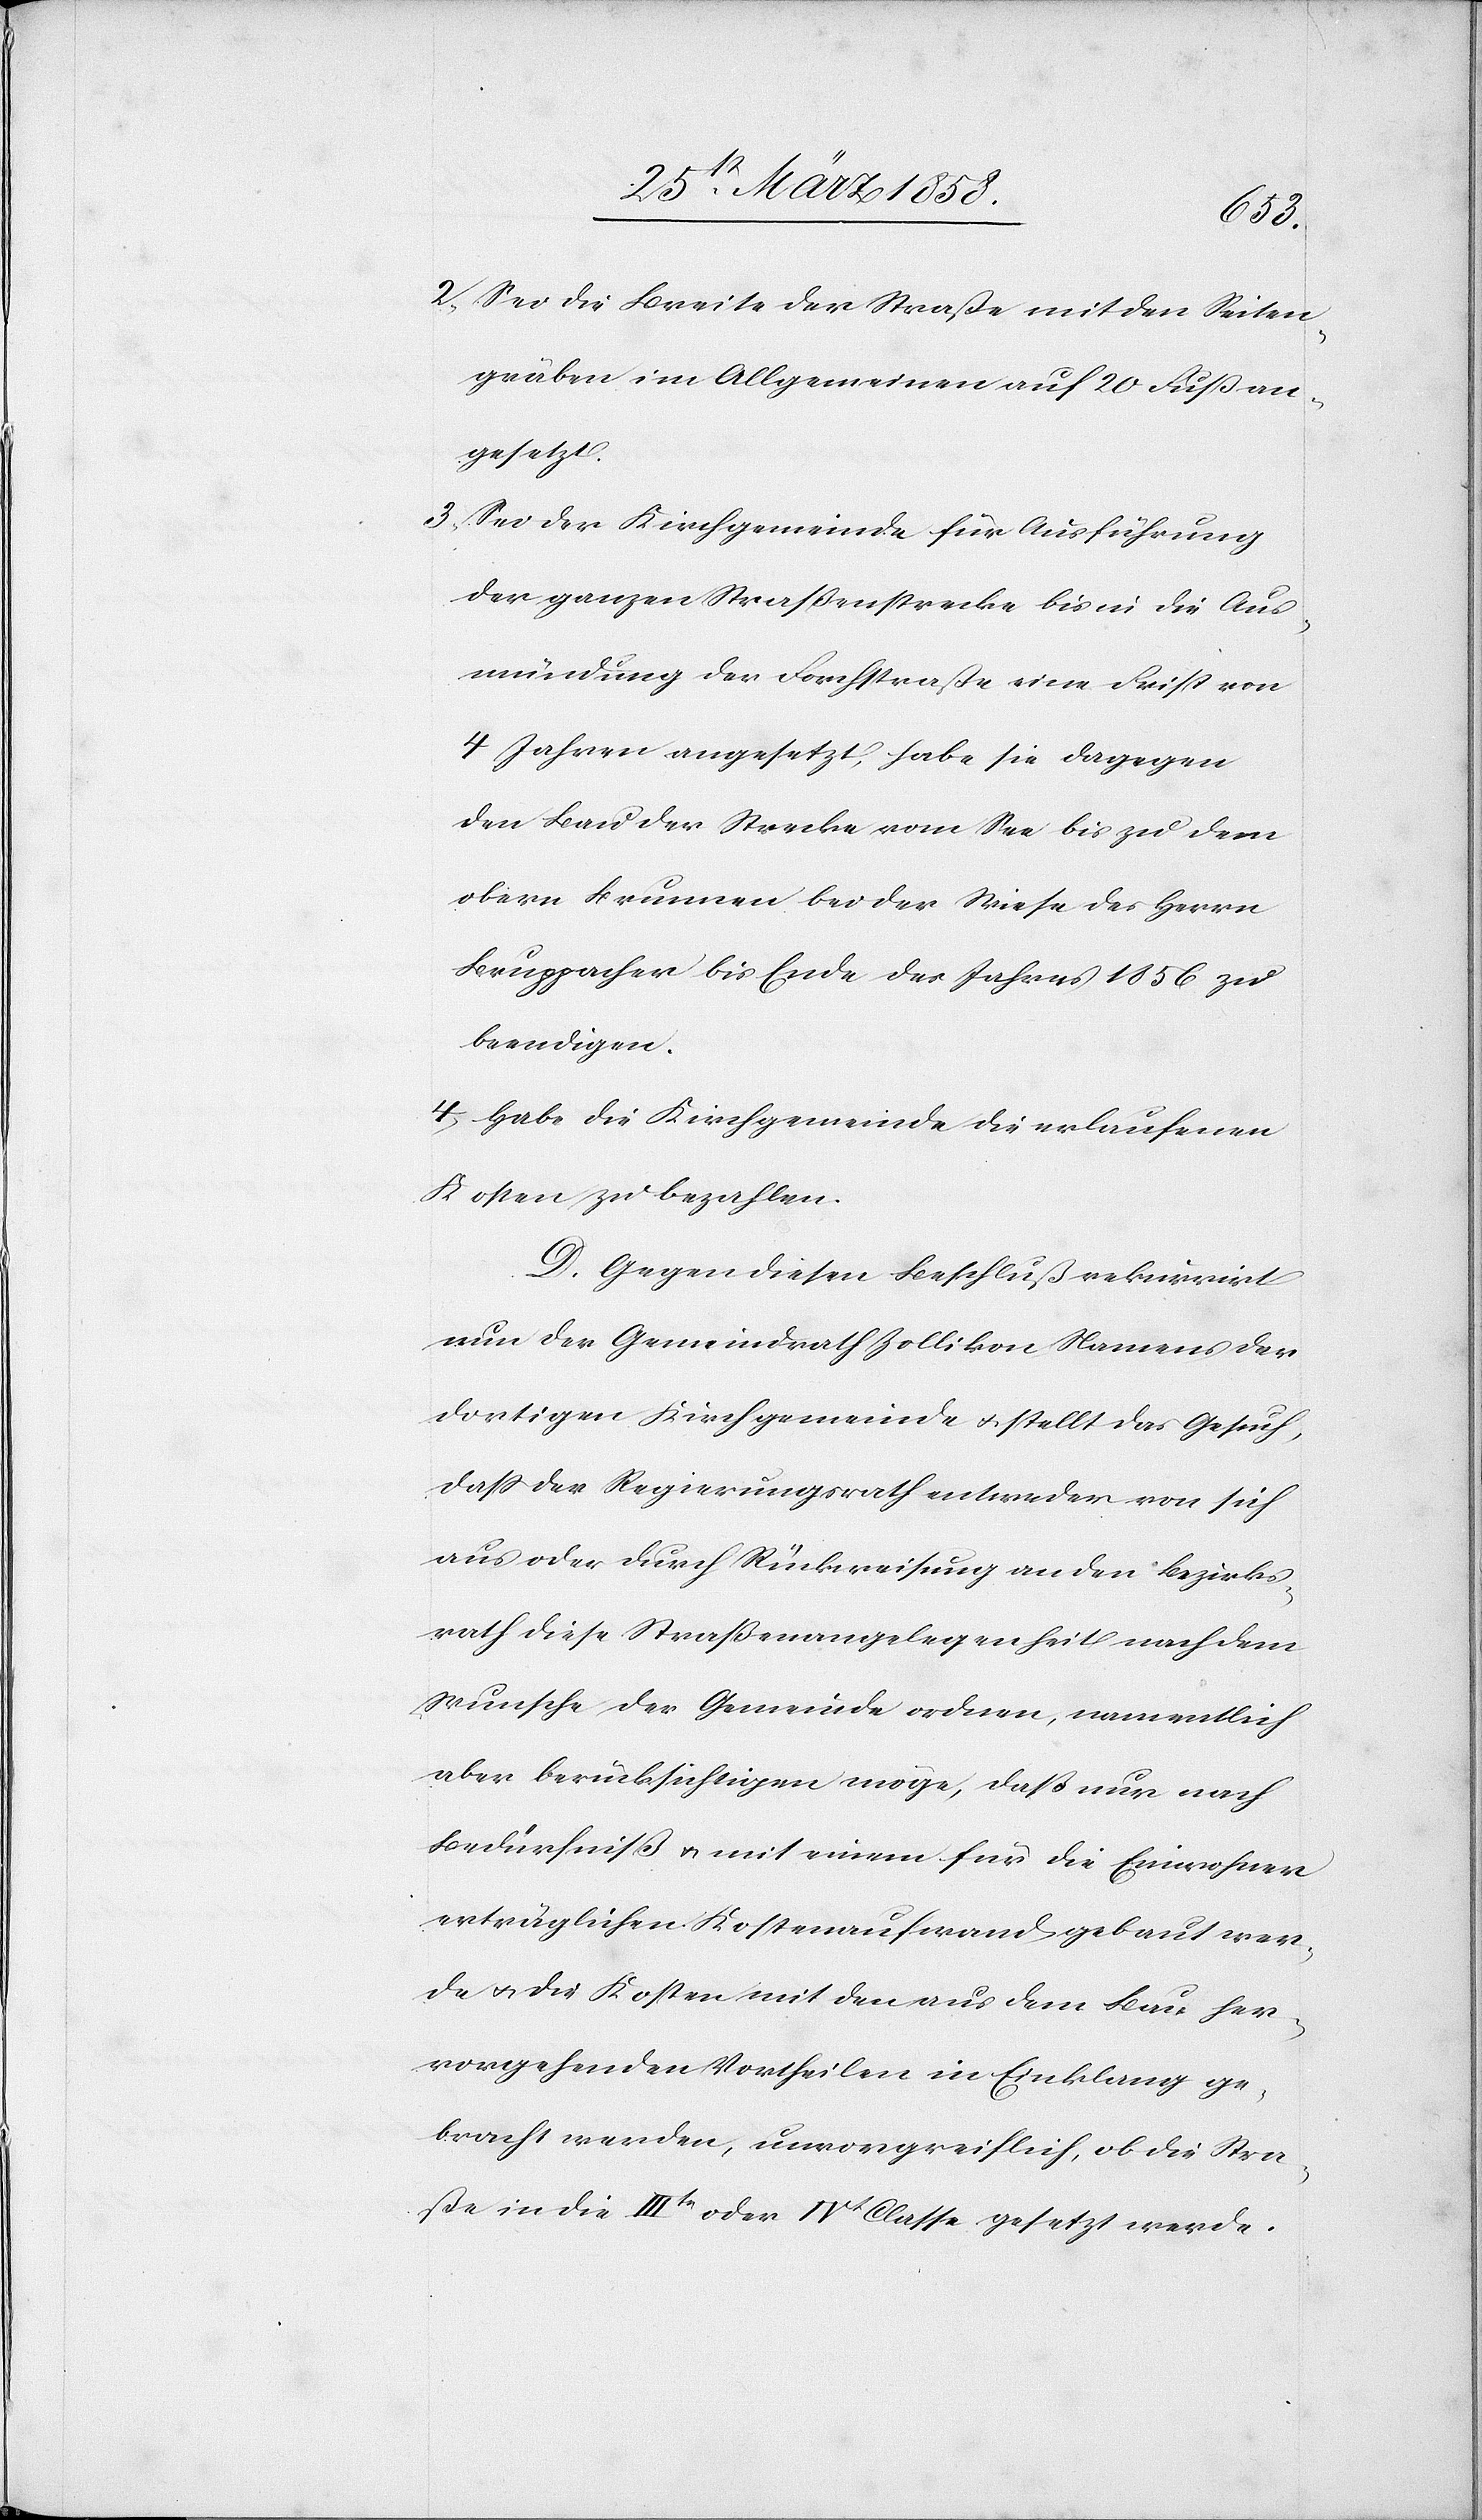
2) Sei die Breite der Straße mit den Seiten¬
gräben im Allgemeinen auf 20 Fuß an¬
gesetzt.
3) Sei der Kirchgemeinde für Ausführung
der ganzen Straßenstrecke bis in die Aus¬
mündung der Forchstraße eine Frist von
4 Jahren angesetzt, habe sie dagegen
den Bau der Strecke vom See bis zu dem
obern Brunnen bei der Wiese des Herrn
Bruppacher bis Ende des Jahres 1856 zu
beendigen.
4. Habe die Kirchgemeinde die erlaufenen
Kosten zu bezahlen.
D. Gegen diesen Beschluß rekurrirt
nun der Gemeindrath Zollikon Namens der
dortigen Kirchgemeinde u. stellt das Gesuch,
daß der Regierungsrath entweder von sich
aus oder durch Rückweisung an den Bezirks¬
rath diese Straßenangelegenheit nach dem
Wunsche der Gemeinde ordnen, namentlich
aber berücksichtigen möge, daß nur nach
Bedürfniß u. mit einem für die Einwohner
verträglichen Kostenaufwand gebaut wer¬
de u. die Kosten mit den aus dem Bau her¬
vorgehenden Vortheilen in Einklang ge¬
bracht werden, unvorgreiflich, ob die Stra¬
ße in die IIIte oder IVt Classe gesetzt werde.